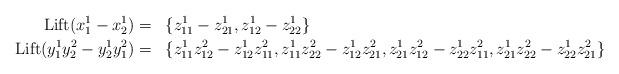
LaTeX: \begin{align*}\mathrm{Lift}(x^1_1 - x^1_2) &=&& \{z^1_{11} - z^1_{21}, z^1_{12} - z^1_{22}\} \\\mathrm{Lift}(y^1_1y^2_2 - y^1_2 y^2_1) &=&& \{ z^1_{11}z^2_{12} - z^1_{12} z^2_{11}, z^1_{11}z^2_{22} - z^1_{12} z^2_{21}, z^1_{21}z^2_{12} - z^1_{22} z^2_{11}, z^1_{21}z^2_{22} - z^1_{22} z^2_{21} \}\end{align*}